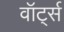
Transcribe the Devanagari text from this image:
वॉर्ट्स